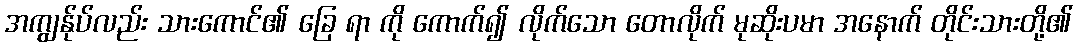
အကျွန်ုပ်လည်း သားကောင်၏ ခြေ ရာ ကို ကောက်၍ လိုက်သော တောလိုက် မုဆိုးပမာ အနောက် တိုင်းသားတို့၏